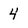
Character: 4